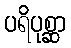
ပရိပုစ္ဆာ